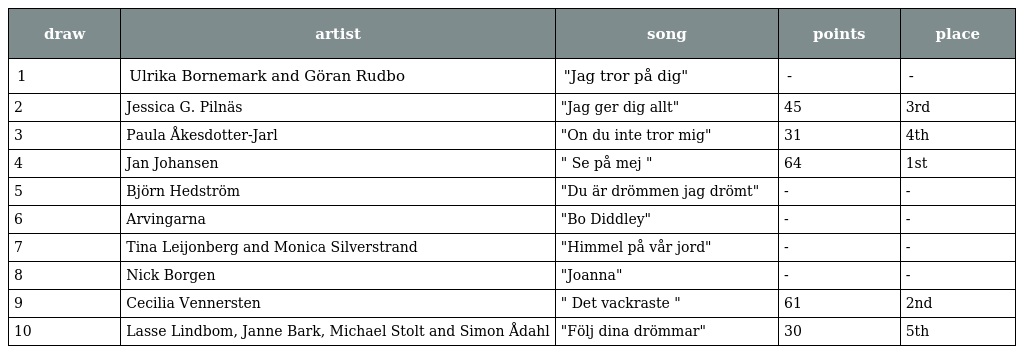
| draw | artist | song | points | place |
 | --- | --- | --- | --- | --- |
 | 1 | Ulrika Bornemark and Göran Rudbo | "Jag tror på dig" | - | - |
 | 2 | Jessica G. Pilnäs | "Jag ger dig allt" | 45 | 3rd |
 | 3 | Paula Åkesdotter-Jarl | "On du inte tror mig" | 31 | 4th |
 | 4 | Jan Johansen | " Se på mej " | 64 | 1st |
 | 5 | Björn Hedström | "Du är drömmen jag drömt" | - | - |
 | 6 | Arvingarna | "Bo Diddley" | - | - |
 | 7 | Tina Leijonberg and Monica Silverstrand | "Himmel på vår jord" | - | - |
 | 8 | Nick Borgen | "Joanna" | - | - |
 | 9 | Cecilia Vennersten | " Det vackraste " | 61 | 2nd |
 | 10 | Lasse Lindbom, Janne Bark, Michael Stolt and Simon Ådahl | "Följ dina drömmar" | 30 | 5th |